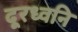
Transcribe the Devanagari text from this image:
दूरध्वनि